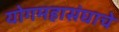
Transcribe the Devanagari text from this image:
योगमहासंघाचे